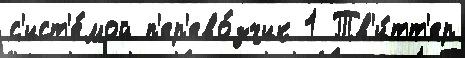
с'ист'е́мой п'ер'ево́зчик 1 Тв'и́тт'ер